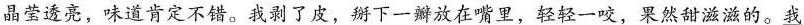
晶莹透亮，味道肯定不错。我剥了皮，掰下一瓣放在嘴里，轻轻一咬，果然甜滋滋的。我